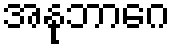
အနုဘာဂေ